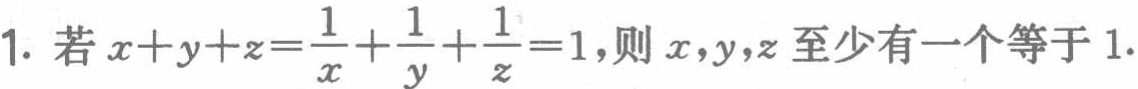
1. 若\(x + y + z=\frac{1}{x}+\frac{1}{y}+\frac{1}{z}=1\)，则\(x,y,z\)至少有一个等于\(1\).